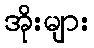
အိုးများ